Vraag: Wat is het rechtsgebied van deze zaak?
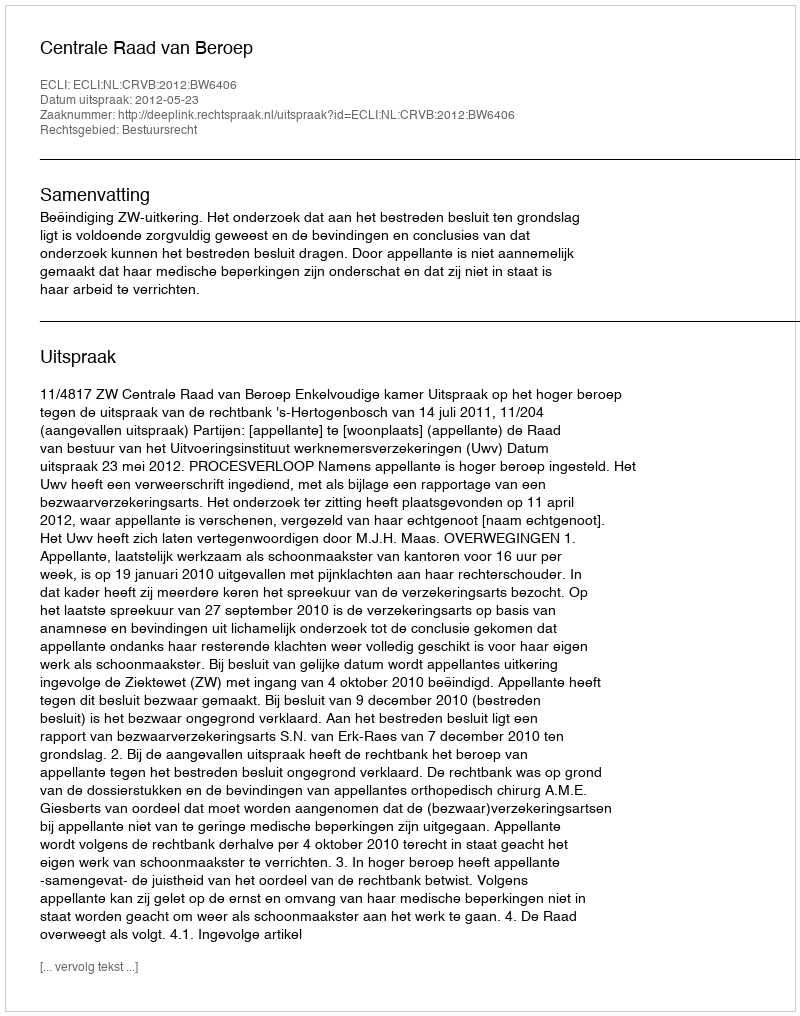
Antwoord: Bestuursrecht